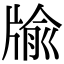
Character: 牏